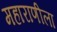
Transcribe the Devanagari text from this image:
महाराणीला